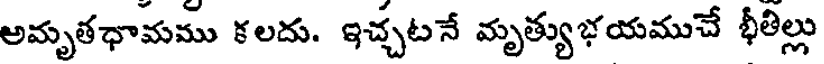
అమృతధామము కలదు. ఇచ్చటనే మృత్యుభయముచే భీతిల్లు